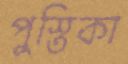
পুস্তিকা